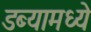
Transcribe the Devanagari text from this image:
डब्यामध्ये